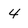
Character: 4